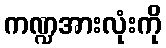
ကဏ္ဍအားလုံးကို